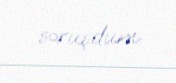
soruşdum.